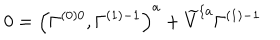
LaTeX: 0 = \left( \Gamma _ { } ^ { \left( 0 \right) 0 } , \Gamma _ { } ^ { \left( 1 \right) - 1 } \right) ^ { a } + \widetilde { V } ^ { \{ a } \Gamma _ { } ^ { \left( 1 \right) - 1 }